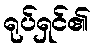
ရုပ်ရှင်၏